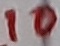
Text: 10